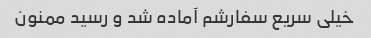
خیلی سریع سفارشم آماده شد و رسید ممنون